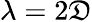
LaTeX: \lambda=2\mathfrak{D}